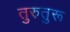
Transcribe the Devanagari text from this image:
तुरुतुरू